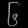
Digit: ၆